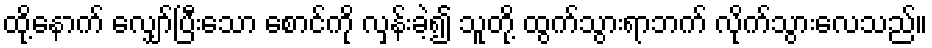
ထို့နောက် လျှော်ပြီးသော စောင်ကို လှန်းခဲ့၍ သူတို့ ထွက်သွားရာဘက် လိုက်သွားလေသည်။